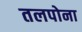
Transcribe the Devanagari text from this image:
तलपोना